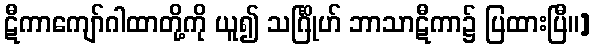
ဋီကာကျော်ဂါထာတို့ကို ယူ၍ သင်္ဂြိုဟ် ဘာသာဋီကာ၌ ပြထားပြီ။]